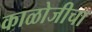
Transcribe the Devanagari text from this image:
काळोजीचा